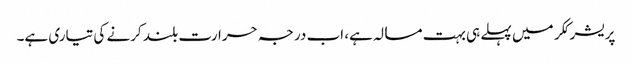
پریشر ککر میں پہلے ہی بہت مسالہ ہے، اب درجہ حرارت بلند کرنے کی تیاری ہے۔